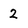
Character: 2